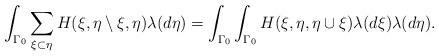
LaTeX: \begin{align*} \int_{\Gamma_0} \sum_{\xi \subset \eta} H(\xi, \eta \setminus \xi,\eta) \lambda (d \eta) = \int_{\Gamma_0}\int_{\Gamma_0}H(\xi, \eta,\eta\cup \xi) \lambda (d \xi) \lambda (d \eta).\end{align*}